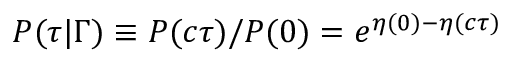
P ( \tau \vert \Gamma ) \equiv P ( c \tau ) / P ( 0 ) = e ^ { \eta ( 0 ) - \eta ( c \tau ) }